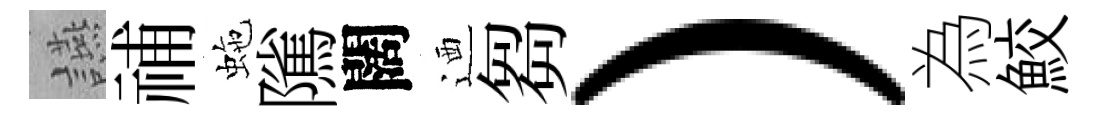
讌𥙷虵隲闊迺芻）為鮫